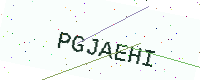
Text: PGJAEHI